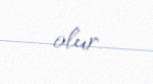
olur.